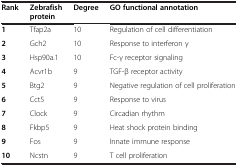
| Rank | Zebrafish protein | Degree | GO functional annotation |
 | --- | --- | --- | --- |
 | 1 | Tfap2a | 10 | Regulation of cell differentiation |
 | 2 | Gch2 | 10 | Response to interferon γ |
 | 3 | Hsp90a.1 | 10 | Fc-γ receptor signaling |
 | 4 | Acvr1b | 9 | TGF-β receptor activity |
 | 5 | Btg2 | 9 | Negative regulation of cell proliferation |
 | 6 | Cct5 | 9 | Response to virus |
 | 7 | Clock | 9 | Circadian rhythm |
 | 8 | Fkbp5 | 9 | Heat shock protein binding |
 | 9 | Fos | 9 | Innate immune response |
 | 10 | Ncstn | 9 | T cell proliferation |